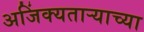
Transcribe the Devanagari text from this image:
अजिंक्यतार्‍याच्या